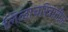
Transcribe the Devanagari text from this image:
लिळाचरित्रातील